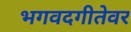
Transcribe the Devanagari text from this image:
भगवदगीतेवर